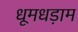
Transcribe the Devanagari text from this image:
धूमधड़ाम